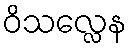
ဝိသလ္လေန